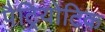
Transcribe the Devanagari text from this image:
पैट्रियोटिक